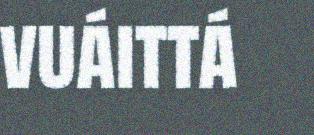
vuáittá